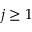
j \ge 1